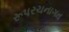
રૂપરચનાગત